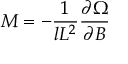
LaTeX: M = - \frac { 1 } { l L ^ { 2 } } \frac { \partial \Omega } { \partial B }